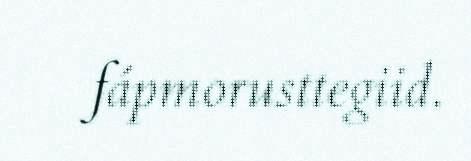
fápmorusttegiid.